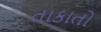
તાકાતો